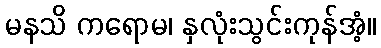
မနသိ ကရောမ၊ နှလုံးသွင်းကုန်အံ့။